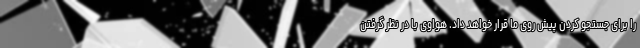
را برای جستجو کردن پیش روی ما قرار خواهد داد. هواوی با در نظر گرفتن